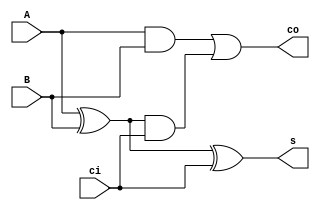
//-----------------------------------------------------------------------------
//
// Title       : FA1
// Design      : lab2
// Company     : catholic university
//
//-----------------------------------------------------------------------------
//
// Generated   : Mon Jun  6 14:16:53 2022
// From        : interface description file
// By          : Itf2Vhdl ver. 1.22
//
//-----------------------------------------------------------------------------
//
// Description : 
//
//-----------------------------------------------------------------------------
`timescale 1 ns / 1 ps

//{{ Section below this comment is automatically maintained
//   and may be overwritten
//{module {FA1}}
module FA1 ( A ,B ,ci ,co ,s );

input A ;
wire A ;
input B ;
wire B ;
input ci ;
wire ci ;
output co ;
wire co ;
output s ;
wire s ;
wire xorresult1;
wire andresult1;
wire andresult2;
//}} End of automatically maintained section
xor(xorresult1, A, B);
and(andresult1, A, B);
xor(s, xorresult1, ci);
and(andresult2, xorresult1, ci);
or(co, andresult1, andresult2);

// -- Enter your statements here -- //

endmodule